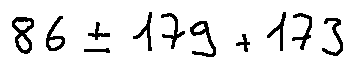
8 6 \pm 1 7 9 + 1 7 3